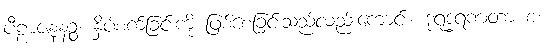
ပီဠာဇနနဉ္စ၊ နှိပ်စက်ခြင်းကို ဖြစ်စေခြင်းသည်လည်းကောင်း။ ဒုရုဒ္ဓရဏတာ စ၊